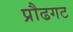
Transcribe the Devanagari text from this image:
प्रौढगट